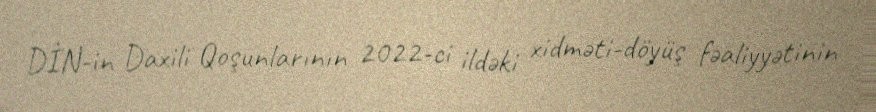
DİN-in Daxili Qoşunlarının 2022-ci ildəki xidməti-döyüş fəaliyyətinin